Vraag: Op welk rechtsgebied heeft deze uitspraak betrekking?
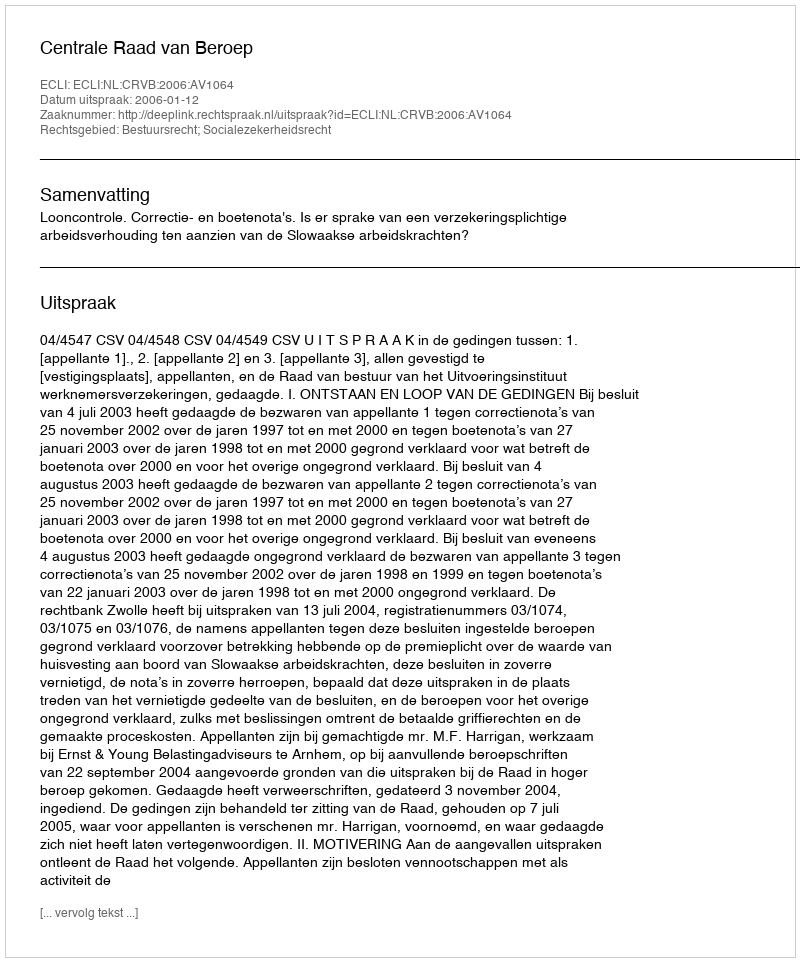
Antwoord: Bestuursrecht; Socialezekerheidsrecht